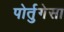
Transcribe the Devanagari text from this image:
पोर्तुगेसा